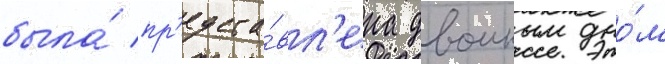
была́ пр'едста́вл'ена двоиным дно́м